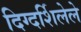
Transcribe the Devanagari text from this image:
दिग्दर्शिलेले